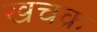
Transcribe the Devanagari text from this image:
खचक्र